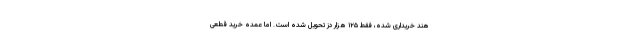
هند خریداری شده، فقط ۱۲۵ هزار دز تحویل شده است. اما عمده خرید قطعی